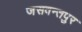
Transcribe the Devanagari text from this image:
जसवन्तपुर